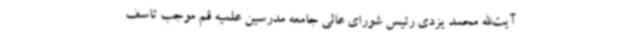
آیت‌الله محمد یزدی رئیس شورای عالی جامعه مدرسین علمیه قم موجب تاسف